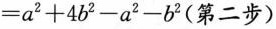
= a ^ { 2 } + 4 b ^ { 2 } - a ^ { 2 } - b ^ { 2 } (第二步)